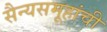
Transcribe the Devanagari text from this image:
सैन्यसमूहांची